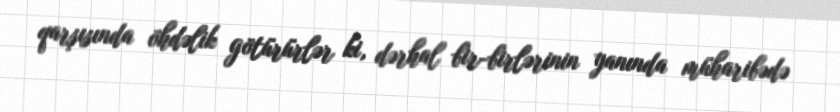
qarşısında öhdəlik götürürlər ki, dərhal bir-birlərinin yanında müharibədə